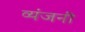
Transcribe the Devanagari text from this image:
व्यंजनी